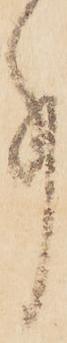
事